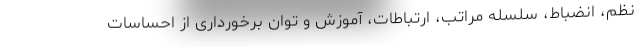
نظم، انضباط، سلسله مراتب، ارتباطات، آموزش و توان برخورداری از احساسات